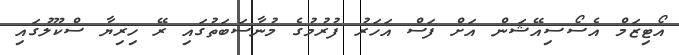
އޯޓިޒަމް އެސޯސިއޭޝަން އަށް ފަސް އަހަރު ފުރުމުގެ މުނާސަބަތުގައި ރޭ ހިރިޔާ ސްކޫލުގައި